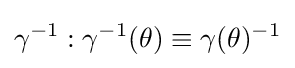
\gamma ^{-1}:\gamma ^{-1}(\theta )\equiv \gamma (\theta )^{-1}